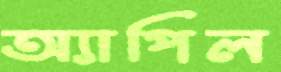
অ্যাপিল